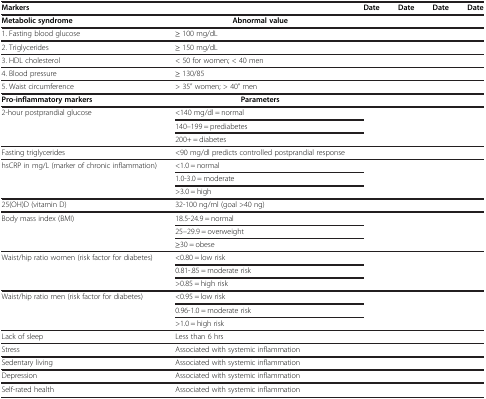
<table><thead><tr><td><b>Markers</b></td><td><b> </b></td><td><b>Date</b></td><td><b>Date</b></td><td><b>Date</b></td><td><b>Date</b></td></tr></thead><tbody><tr><td><b>Metabolic syndrome</b></td><td><b>Abnormal value</b></td><td> </td><td> </td><td> </td><td> </td></tr><tr><td>1. Fasting blood glucose</td><td>≥ 100 mg/dL</td><td> </td><td> </td><td> </td><td> </td></tr><tr><td>2. Triglycerides</td><td>≥ 150 mg/dL</td><td> </td><td> </td><td> </td><td> </td></tr><tr><td>3. HDL cholesterol</td><td>&lt; 50 for women; &lt; 40 men</td><td> </td><td> </td><td> </td><td> </td></tr><tr><td>4. Blood pressure</td><td>≥ 130/85</td><td> </td><td> </td><td> </td><td> </td></tr><tr><td>5. Waist circumference</td><td>&gt; 35” women; &gt; 40” men</td><td> </td><td> </td><td> </td><td> </td></tr><tr><td><b>Pro-inflammatory markers</b></td><td><b>Parameters</b></td><td> </td><td> </td><td> </td><td> </td></tr><tr><td rowspan="3">2-hour postprandial glucose</td><td>&lt;140 mg/dl = normal</td><td rowspan="3"> </td><td rowspan="3"> </td><td rowspan="3"> </td><td rowspan="3"> </td></tr><tr><td>140–199 = prediabetes</td></tr><tr><td>200+ = diabetes</td></tr><tr><td>Fasting triglycerides</td><td>&lt;90 mg/dl predicts controlled postprandial response</td><td> </td><td> </td><td> </td><td> </td></tr><tr><td rowspan="3">hsCRP in mg/L (marker of chronic inflammation)</td><td>&lt;1.0 = normal</td><td> </td><td> </td><td> </td><td> </td></tr><tr><td>1.0-3.0 = moderate</td><td> </td><td> </td><td> </td><td> </td></tr><tr><td>&gt;3.0 = high</td><td> </td><td> </td><td> </td><td> </td></tr><tr><td>25(OH)D (vitamin D)</td><td>32-100 ng/ml (goal &gt;40 ng)</td><td> </td><td> </td><td> </td><td> </td></tr><tr><td rowspan="3">Body mass index (BMI)</td><td>18.5-24.9 = normal</td><td rowspan="3"> </td><td rowspan="3"> </td><td rowspan="3"> </td><td rowspan="3"> </td></tr><tr><td>25–29.9 = overweight</td></tr><tr><td>≥30 = obese</td></tr><tr><td rowspan="3">Waist/hip ratio women (risk factor for diabetes)</td><td>&lt;0.80 = low risk</td><td rowspan="3"> </td><td rowspan="3"> </td><td rowspan="3"> </td><td rowspan="3"> </td></tr><tr><td>0.81-.85 = moderate risk</td></tr><tr><td>&gt;0.85 = high risk</td></tr><tr><td rowspan="3">Waist/hip ratio men (risk factor for diabetes)</td><td>&lt;0.95 = low risk</td><td> </td><td> </td><td> </td><td> </td></tr><tr><td>0.96-1.0 = moderate risk</td><td> </td><td> </td><td> </td><td> </td></tr><tr><td>&gt;1.0 = high risk</td><td> </td><td> </td><td> </td><td> </td></tr><tr><td>Lack of sleep</td><td>Less than 6 hrs</td><td> </td><td> </td><td> </td><td> </td></tr><tr><td>Stress</td><td>Associated with systemic inflammation</td><td> </td><td> </td><td> </td><td> </td></tr><tr><td>Sedentary living</td><td>Associated with systemic inflammation</td><td> </td><td> </td><td> </td><td> </td></tr><tr><td>Depression</td><td>Associated with systemic inflammation</td><td> </td><td> </td><td> </td><td> </td></tr><tr><td>Self-rated health</td><td>Associated with systemic inflammation</td><td> </td><td> </td><td> </td><td> </td></tr></tbody></table>